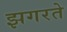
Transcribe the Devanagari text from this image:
झगरते